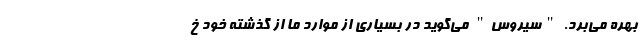
بهره می‌برد. "سیروس" می‌گوید در بسیاری از موارد ما از گذشته خود خ